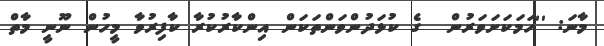
މާނަ: ''ހަމަކަށަވަރުން  ގެ ކުޅަދުންވަންތަކަން އިންކާރުކުރާ ކާފިރުވާ މީހުން ނޫނީ މާތް